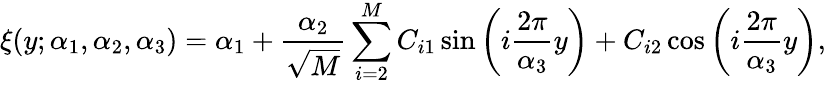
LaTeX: \xi(y;\alpha_{1},\alpha_{2},\alpha_{3})=\alpha_{1}+\frac{\alpha_{2}}{\sqrt{M}}\sum_{i=2}^{M}C_{i1}\sin\left(i\frac{2\pi}{\alpha_{3}}y\right)+C_{i2}\cos\left(i\frac{2\pi}{\alpha_{3}}y\right),